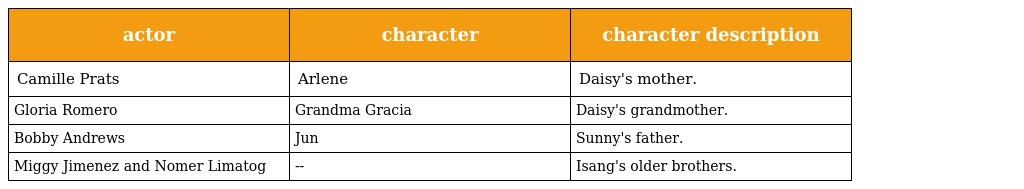
| actor | character | character description |
 | --- | --- | --- |
 | Camille Prats | Arlene | Daisy's mother. |
 | Gloria Romero | Grandma Gracia | Daisy's grandmother. |
 | Bobby Andrews | Jun | Sunny's father. |
 | Miggy Jimenez and Nomer Limatog | -- | Isang's older brothers. |